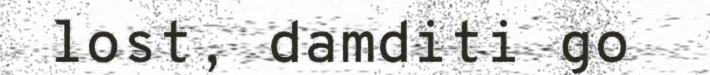
lost, damditi go